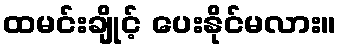
ထမင်းချိုင့် ပေးနိုင်မလား။